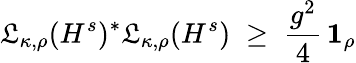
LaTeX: \mathfrak{L}_{\kappa,\rho}(H^{s})^{*}\mathfrak{L}_{\kappa,\rho}(H^{s})\; \geq\; \frac{{g^{2}}}{{4}}\, \boldsymbol{1}_{\rho}